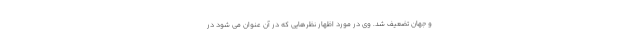
و جهان تضعیف شد. وی در مورد اظهار نظرهایی که در آن عنوان می شود در